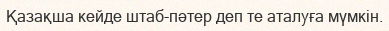
Қазақша кейде штаб-пәтер деп те аталуға мүмкін.